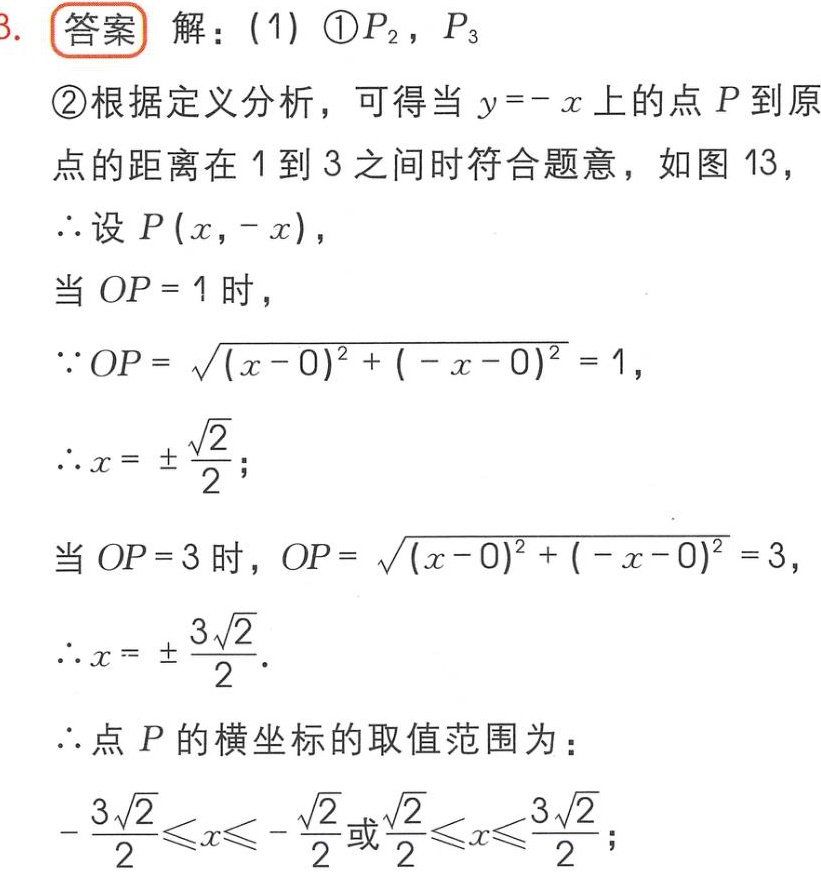
3. 答案 解：(1) \textcircled{1}\(P_{2}\)，\(P_{3}\)
\textcircled{2}根据定义分析，可得当\(y = -x\)上的点\(P\)到原点的距离在\(1\)到\(3\)之间时符合题意，如图13，
\(\therefore\)设\(P(x,-x)\)，
当\(OP = 1\)时，
\(\because OP=\sqrt{(x - 0)^{2}+(-x - 0)^{2}} = 1\)，
\(\therefore x=\pm\frac{\sqrt{2}}{2}\)；
当\(OP = 3\)时，\(OP=\sqrt{(x - 0)^{2}+(-x - 0)^{2}} = 3\)，
\(\therefore x=\pm\frac{3\sqrt{2}}{2}\).
\(\therefore\)点\(P\)的横坐标的取值范围为：
\(-\frac{3\sqrt{2}}{2}\leqslant x\leqslant-\frac{\sqrt{2}}{2}\)或\(\frac{\sqrt{2}}{2}\leqslant x\leqslant\frac{3\sqrt{2}}{2}\)；